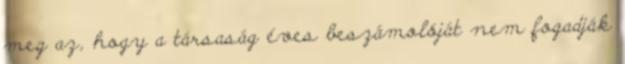
meg az, hogy a társaság éves beszámolóját nem fogadják